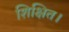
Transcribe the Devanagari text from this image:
शिक्षित।